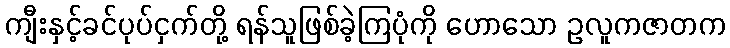
ကျီးနှင့်ခင်ပုပ်ငှက်တို့ ရန်သူဖြစ်ခဲ့ကြပုံကို ဟောသော ဥလူကဇာတက